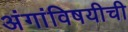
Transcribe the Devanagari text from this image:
अंगांविषयीची